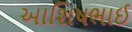
આશિષભાઈ